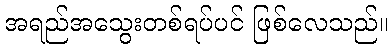
အရည်အသွေးတစ်ရပ်ပင် ဖြစ်လေသည်။